Elephants and their diseases
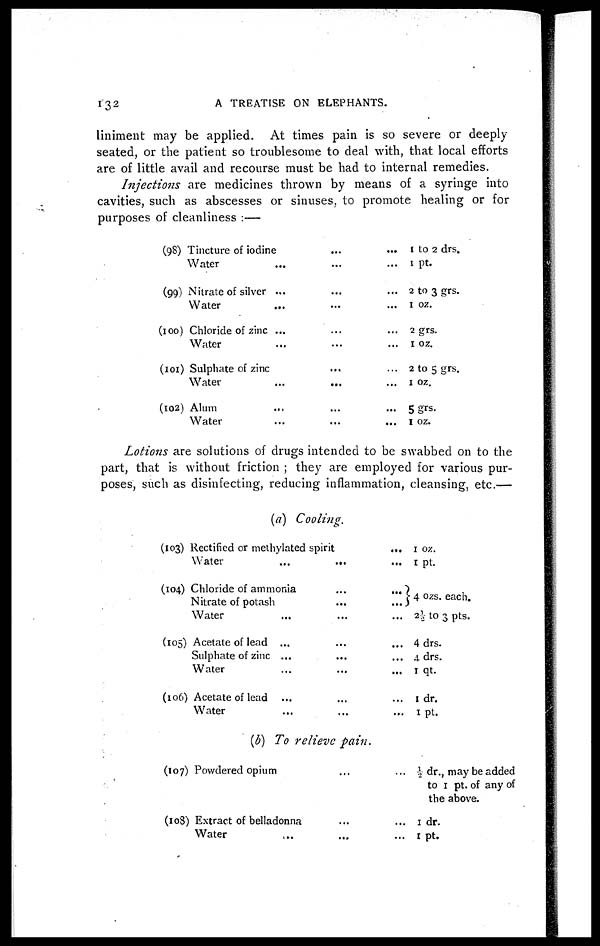
132
A TREATISE ON ELEPHANTS.
liniment may be applied. At times pain is so severe or deeply
seated, or the patient so troublesome to deal with, that local efforts
are of little avail and recourse must be had to internal remedies.
Injections are medicines thrown by means of a syringe into
cavities, such as abscesses or sinuses, to promote healing or for
purposes of cleanliness :—
(98)
(99)
(100)
(101)
(102)
Tincture of iodine......
Water.........
Nitrate of silver.........
Water.........
Chloride of
zinc.........
Water.........
Sulphate of zinc.........
Water.........
Alum.........
Water.........
1 to 2 drs.
1 pt.
2 to 3 grs.
1 oz.
2 grs.
1 oz.
2 to 5 grs.
1 oz.
5 grs.
1 oz.
Lotions are solutions of drugs intended to be swabbed on to the
part, that is without friction ; they are employed for various pur-
poses, such as disinfecting, reducing inflammation, cleansing, etc.—
(a) Cooling.
(103)
(104)
(105)
(106)
Rectified or methylated spirit...
Water.........
Chloride of ammonia......
Nitrate of potash.........
Water.........
Acetate of lead.........
Sulphate of
zinc........
Water.........
Acetate of lead.........
Water.........
1 oz.
1 pt.
} 4 ozs. each.
2½ to 3 pts.
4 drs.
4 drs.
1 qt.
1 dr.
1 pt.
(b) To relieve pain.
(107)
(108)
Powdered opium......
Extract of belladonna...
Water...
½ dr., may be added
to 1 pt. of any of
the above.
1 dr.
1 pt.